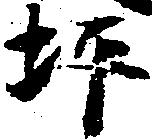
坪